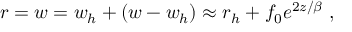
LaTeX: r = w = w _ { h } + ( w - w _ { h } ) \approx r _ { h } + f _ { 0 } e ^ { 2 z / \beta } \; ,